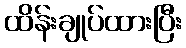
ထိန်းချုပ်ထားပြီး